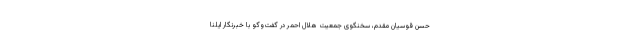
حسن قوسیان مقدم، سخنگوی جمعیت هلال احمر در گفت‌وگو با خبرنگار ایلنا